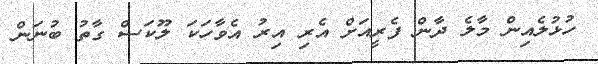
ހުޅުލެއިން މާލެ ދާން ފެރީއަށް އެރި އިރު އެވާހަކަ ލޫކަސް ގާތު ބުނަން